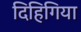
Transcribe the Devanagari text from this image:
दिहिगिया